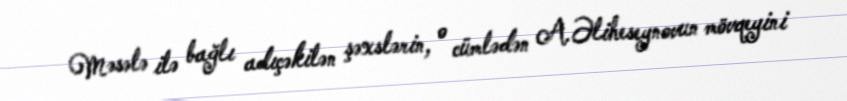
Məsələ ilə bağlı adıçəkilən şəxslərin, o cümlədən A.Əliheseynovun mövqeyini